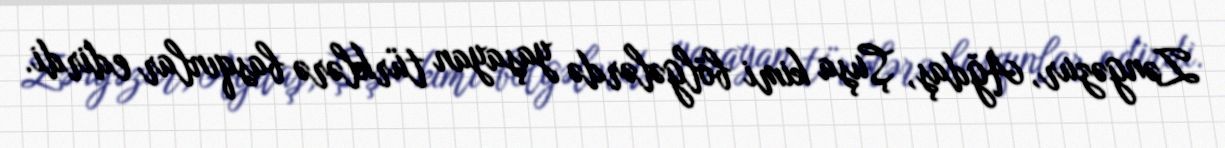
Zəngəzur, Ağdaş, Şuşa kimi bölgələrdə yaşayan türklərə basqınlar edirdi.